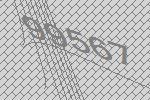
99567